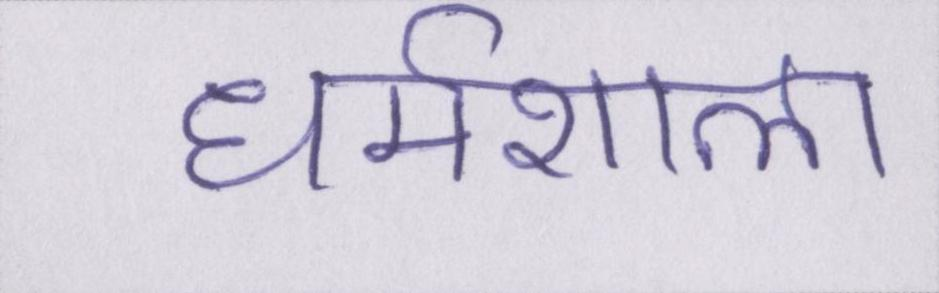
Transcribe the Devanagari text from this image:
धर्मशाला